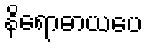
နိရောဓာယပေ